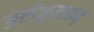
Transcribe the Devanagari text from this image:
अलंकृतरूढ़